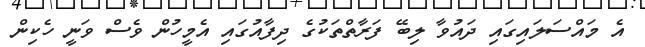
އެ މައްސަލައިގައި ދައުވާ ލިބޭ ފަރާތްތަކުގެ ދިފާއުގައި އެމީހުން ވެސް ވަނީ ހެކިން